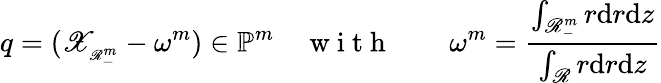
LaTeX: q=(\mathscr{X}_{_{\mathscr{R}_{-}^{m}}}-\omega^{m})\in{\mathbb{P}}^{m}\quad\mathrm{~w~i~t~h~}\qquad\omega^{m}=\frac{\int_{\mathscr{R}_{-}^{m}}r\mathrm{d}r\mathrm{d}z}{\int_{\mathscr{R}}r\mathrm{d}r\mathrm{d}z}